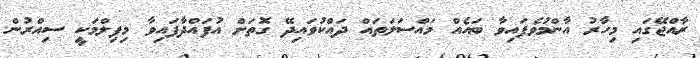
ރާއްޖޭގައި މިހާރު އާންމުވެފައިވާ ބައެއް މައްސަލަތައް ދައްކުވައިދޭ ގޮތަށް އުފައްދާފައިވާ މިފިލްމަކީ ސިއްރުން